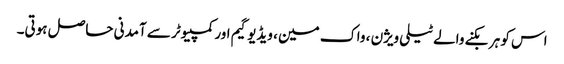
اس کو ہر بکنے والے ٹیلی ویژن ، واک مین ، ویڈیو گیم اور کمپیوٹر سے آمدنی حاصل ہوتی۔